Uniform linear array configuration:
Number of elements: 32
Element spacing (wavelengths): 0.5
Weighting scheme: cosine
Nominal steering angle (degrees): -30
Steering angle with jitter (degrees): -28.823
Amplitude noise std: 0.05
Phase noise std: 0.05

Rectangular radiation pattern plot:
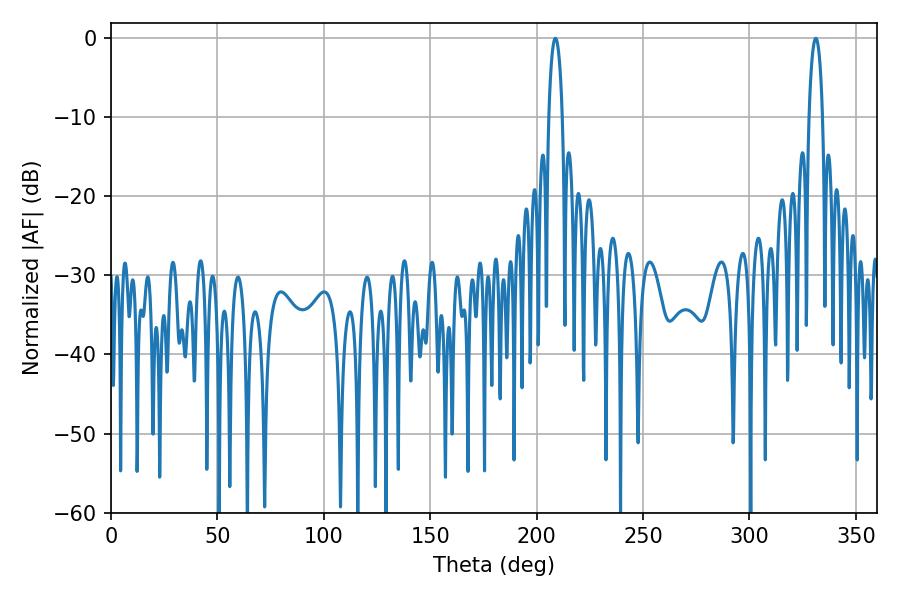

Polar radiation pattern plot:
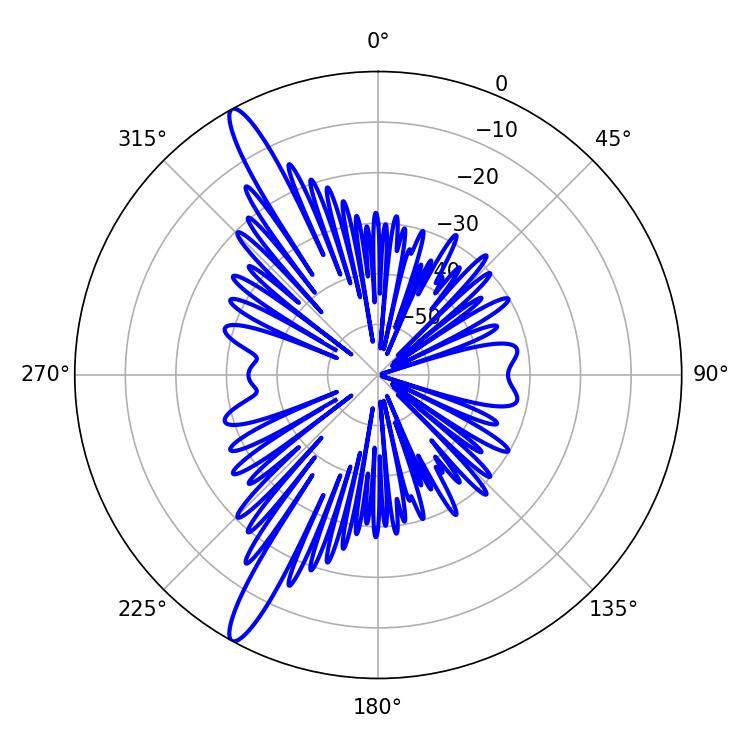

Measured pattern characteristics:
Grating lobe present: FALSE
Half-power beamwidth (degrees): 3.6
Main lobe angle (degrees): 208.8